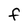
Character: F